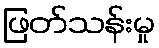
ဖြတ်သန်းမှု